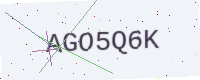
Text: AGO5Q6K